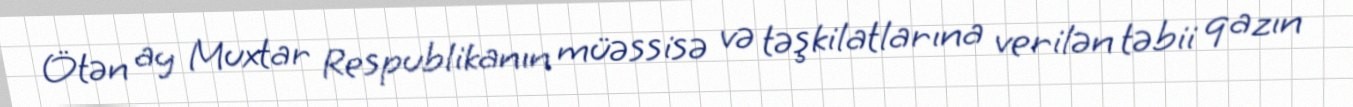
Ötən ay Muxtar Respublikanın müəssisə və təşkilatlarına verilən təbii qazın